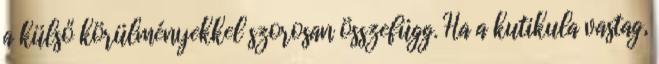
a külső körülményekkel szorosan összefügg. Ha a kutikula vastag,